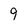
Character: 9